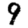
Digit: 9